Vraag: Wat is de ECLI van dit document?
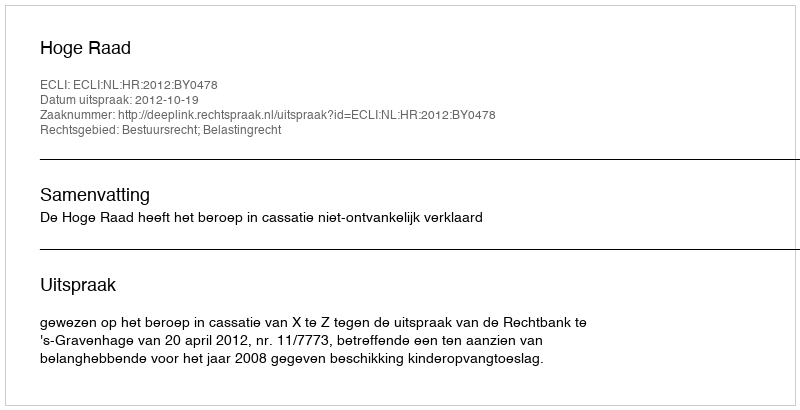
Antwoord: ECLI:NL:HR:2012:BY0478